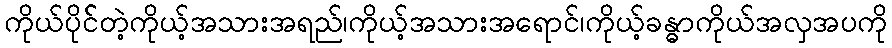
ကိုယ်ပိုင််တဲ့ကိုယ့်အသားအရည်၊ကိုယ့်အသားအရောင်၊ကိုယ့်ခန္ဓာကိုယ်အလှအပကို